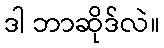
ဒါ ဘာဆိုဒ်လဲ။